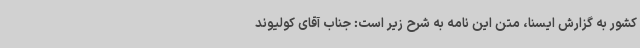
کشور به گزارش ایسنا، متن این نامه به شرح زیر است: جناب آقای کولیوند